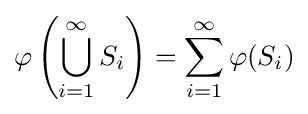
\varphi \left(\bigcup _{i=1}^{\infty }S_{i}\right)=\sum _{i=1}^{\infty }\varphi (S_{i})